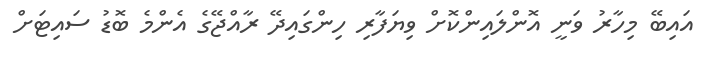
އައިބޭ މިހާރު ވަނީ އޮންލައިންކޮށް ވިޔަފާރި ހިންގައިދޭ ރާއްޖޭގެ އެންމެ ބޮޑު ސައިޓަށް